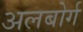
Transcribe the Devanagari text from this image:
अलबोर्ग